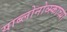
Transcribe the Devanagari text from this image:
याब्लोनोव्स्काच्या